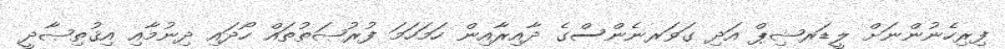
ފިރިހެނުންނަށް ލީޑަރޝިޕް އަދި ގަވަރނެންސްގެ ދާއިރާއިން ހަމަހަމަ ފުރުޞަތުތައް ހޯދައި ދިނުމާއި އިޤުތިޞާދީ